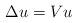
LaTeX: \begin{align*} \Delta u= Vu \end{align*}